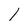
Character: 1